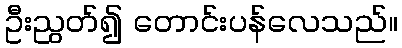
ဦးညွတ်၍ တောင်းပန်လေသည်။